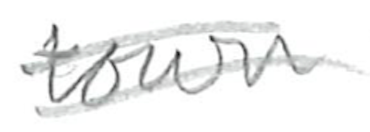
Text: town
Cross-out: mix
Writing tool: pencil